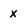
Character: x